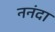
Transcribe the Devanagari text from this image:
ननंदा